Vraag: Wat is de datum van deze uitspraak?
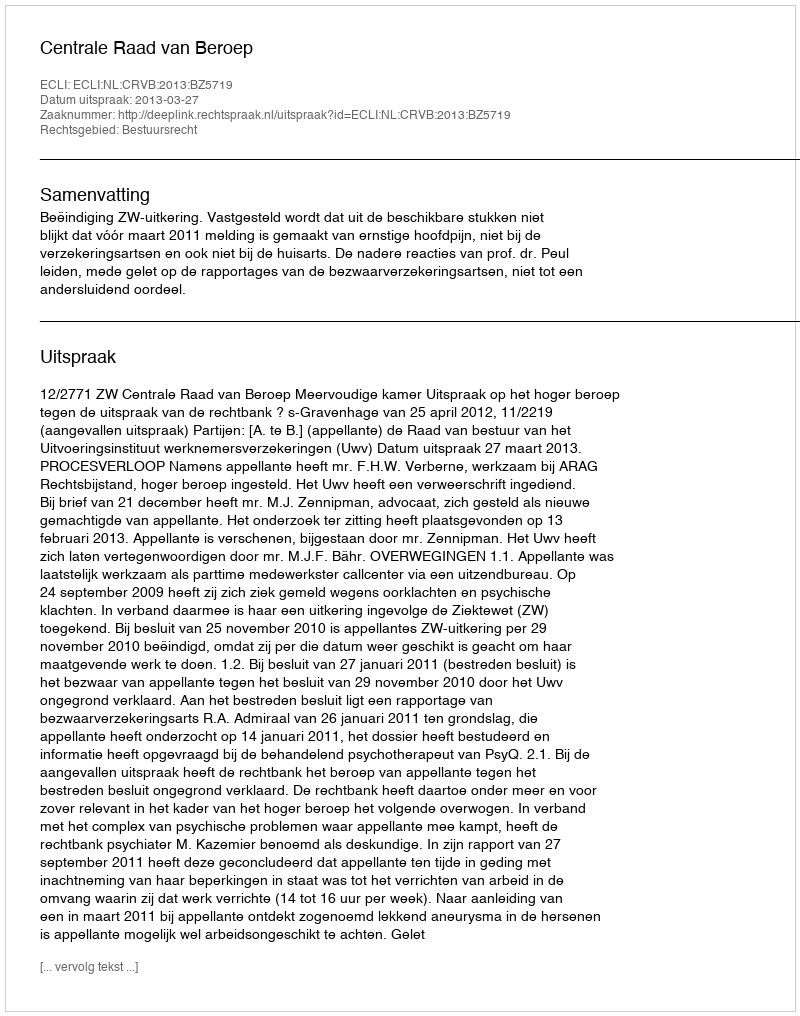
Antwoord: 2013-03-27